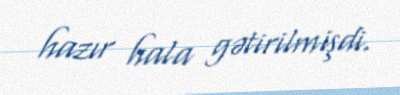
hazır hala gətirilmişdi.